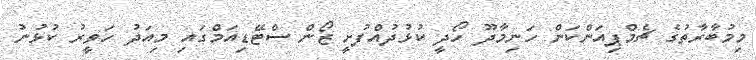
މިމުބާރާތުގެ ޗެމްޕިއަންކަން ހަނިމާދޫ ހޯދީ ކުޅުދުއްފުށީ ޒޯން ސްޓޭޑިއަމްގައި މިއަދު ހަވީރު ކުޅުނު